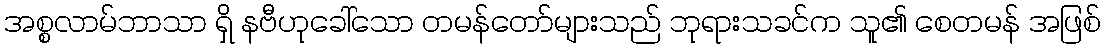
အစ္စလာမ်ဘာသာ ရှိ နဗီဟုခေါ်သော တမန်တော်များသည် ဘုရားသခင်က သူ၏ စေတမန် အဖြစ်